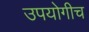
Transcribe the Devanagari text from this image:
उपयोगीच